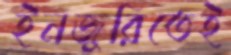
ইনজুরিতেই